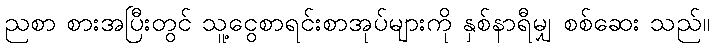
ညစာ စားအပြီးတွင် သူ့ငွေစာရင်းစာအုပ်များကို နှစ်နာရီမျှ စစ်ဆေး သည်။